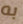
به